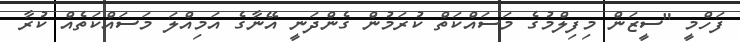
ފަހްމީ "ސީޒަން މިފިލްމުގެ މަސައްކަތް ކުރަމުން ގެންދަނީ އޭނާގެ އަމިއްލަ މަސައްކަތެއް ކުރާ